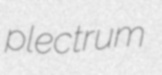
plectrum